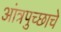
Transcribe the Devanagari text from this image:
आंत्रपुच्छाचे